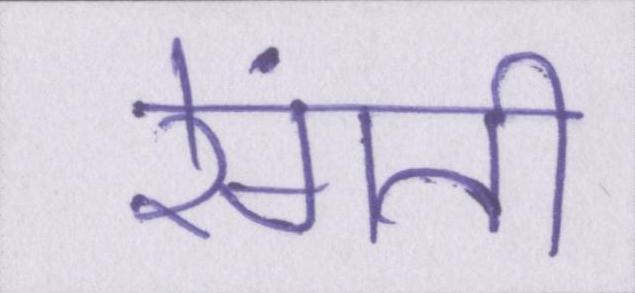
रेंगती